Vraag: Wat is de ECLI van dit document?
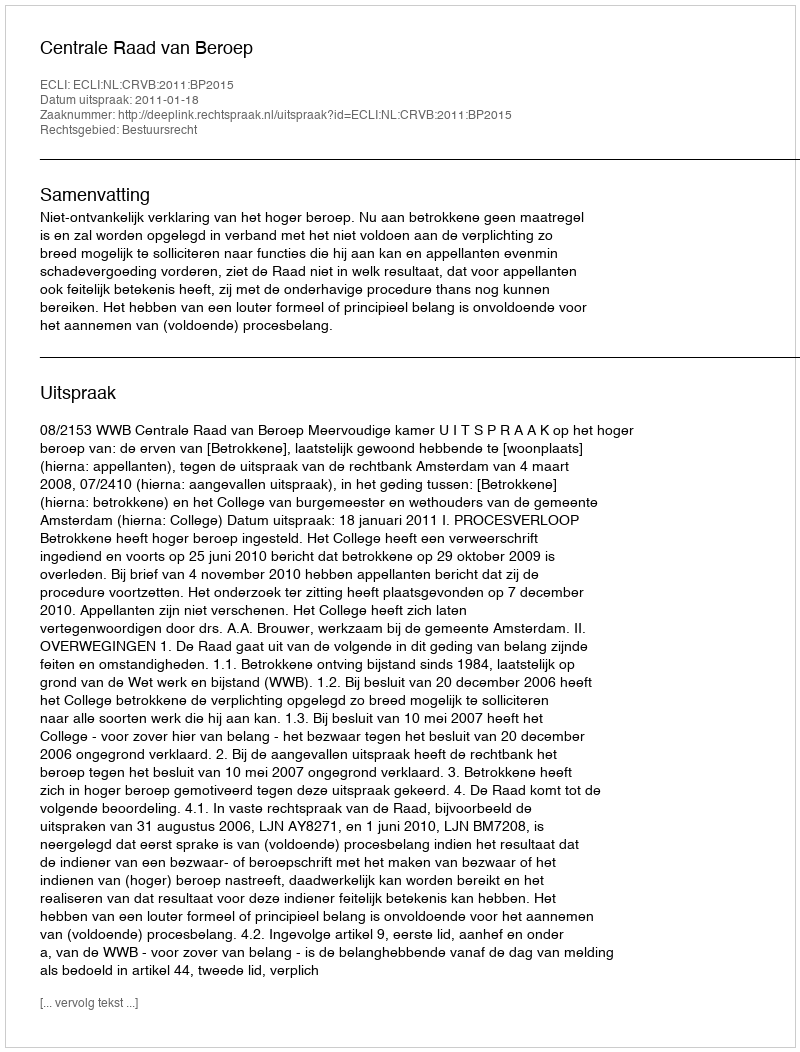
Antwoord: ECLI:NL:CRVB:2011:BP2015